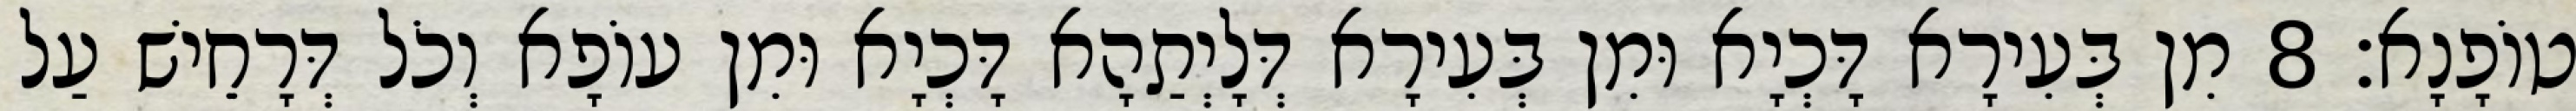
טוֹפָנָא׃ 8 מִן בְּעִירָא דָּכְיָא וּמִן בְּעִירָא דְּלָיְתַהָא דָּכְיָא וּמִן עוֹפָא וְכֹל דְּרָחֵישׁ עַל